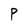
Character: P